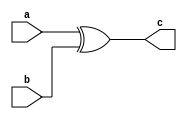
// Code your design here
module xor_gate(
  input a,b,
  output c);
  xor (c,a,b);
endmodule